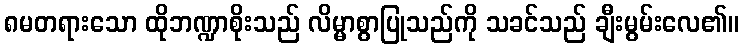
၈မတရားသော ထိုဘဏ္ဍာစိုးသည် လိမ္မာစွာပြုသည်ကို သခင်သည် ချီးမွမ်းလေ၏။